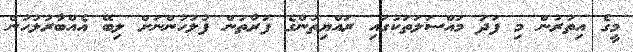
މީގެ އިތުރުން މި ފަދަ މައްސަލަތަކުގައި ރައްޔިތުންގެ ފަރާތުން ފުލުހުންނަށް ލިބޭ އެއްބާރުލުހުން